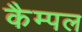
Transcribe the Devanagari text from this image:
कैम्पल